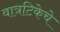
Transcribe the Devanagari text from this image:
वात्रटिकेचे